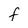
Character: f